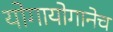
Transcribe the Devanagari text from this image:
योगायोगानेच